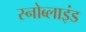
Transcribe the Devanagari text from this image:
स्नोब्लाइंड